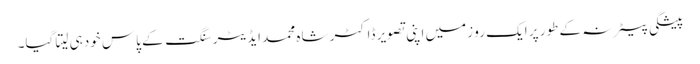
پیشگی بیعانہ کے طور پر ایک رو زمیں اپنی تصویر ڈاکٹر شاہ محمد ایڈیٹر سنگت کے پاس خودہی لیتا گیا۔